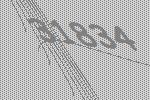
31834